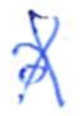
Text: a
Cross-out: cross
Writing tool: ballpoint